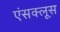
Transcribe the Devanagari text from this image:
एंसक्लूस